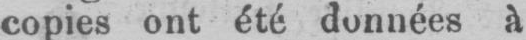
copies ont été données à